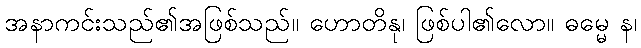
အနာကင်းသည်၏အဖြစ်သည်။ ဟောတိနု၊ ဖြစ်ပါ၏လော။ ဓမ္မေ န၊